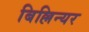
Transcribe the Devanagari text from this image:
बिल्लिन्यर